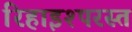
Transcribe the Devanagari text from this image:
रिहाइश्परस्त